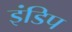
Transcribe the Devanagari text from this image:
इंडिप